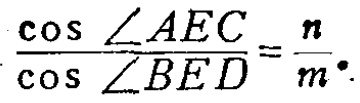
\(\frac{\cos\angle AEC}{\cos\angle BED}=\frac{n}{m}\)